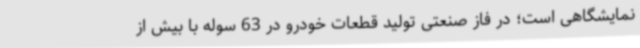
نمایشگاهی است؛ در فاز صنعتی تولید قطعات خودرو در 63 سوله با بیش از